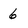
Character: 6